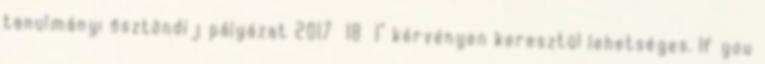
tanulmányi ösztöndíj pályázat 2017 18 1” kérvényen keresztül lehetséges. If you